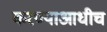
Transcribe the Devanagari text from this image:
करण्याआधीच